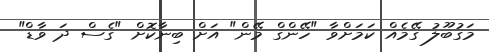
މަގުބޫލު ގޭމެއް ކަމަށްވާ "ހޭންގް މޭން" އަށް ބިނާކޮށް "ގެސް ދަ ވާޑް"